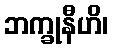
ဘက္ခုနီဟိ၊